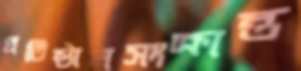
প্রতিষ্ঠানসংক্রান্ত